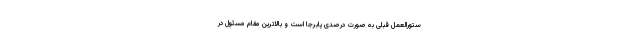
ستورالعمل قبلی به صورت درصدی پابرجا است و بالاترین مقام مسئول در